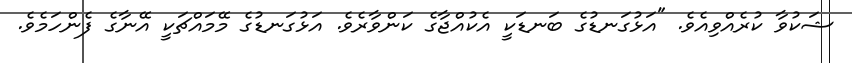
ޝަކުވާ ކުރެއްވިއެވެ. "އަޅުގަނޑުގެ ބަނޑަކީ އެކުއްޖާގެ ކަންވާރެވެ. އަޅުގަނޑުގެ މޭމައްޗަކީ އޭނާގެ ފެންހަމެވެ.